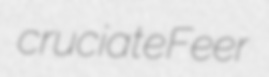
cruciate Feer